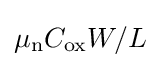
\mu _{\text{n}}C_{\text{ox}}W/L